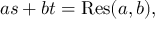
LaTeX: a s + b t = \operatorname { R e s } ( a , b ) ,